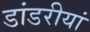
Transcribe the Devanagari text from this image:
डांडरीयां